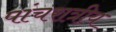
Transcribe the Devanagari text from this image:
पांचरात्रीय